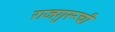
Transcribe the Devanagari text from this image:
राजगुरूची